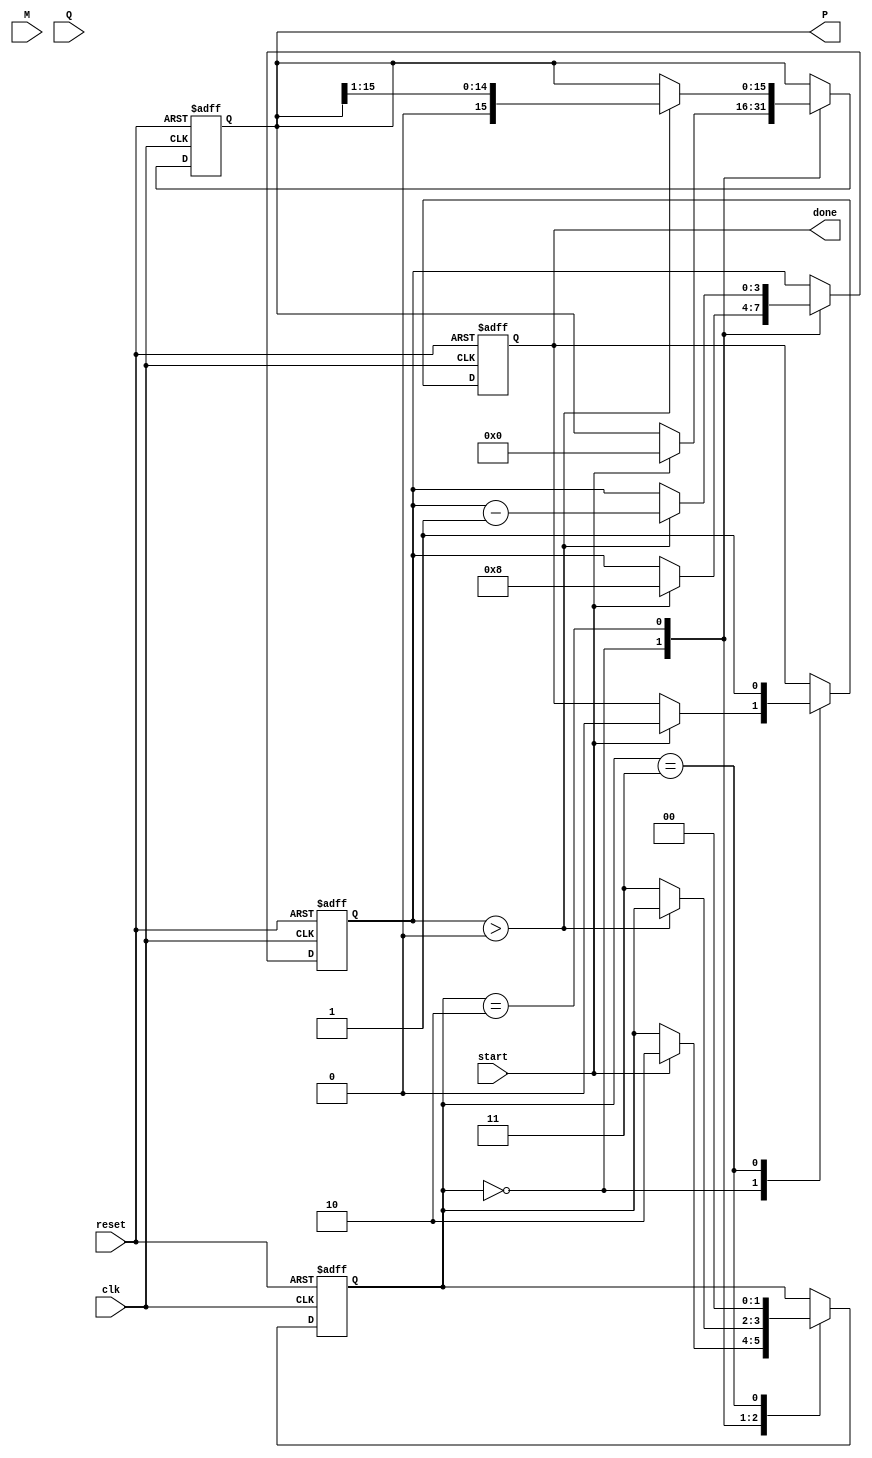
module booth_multiplier #(
    parameter BIT_WIDTH = 8
)(
    input wire clk,
    input wire reset,
    input wire start,
    input wire signed [BIT_WIDTH-1:0] M, // Multiplicand
    input wire signed [BIT_WIDTH-1:0] Q, // Multiplier
    output reg signed [(2*BIT_WIDTH)-1:0] P, // Product output
    output reg done // Done signal
);

// Internal registers
reg signed [BIT_WIDTH-1:0] A;         // Multiplicand register
reg signed [BIT_WIDTH-1:0] Q_reg;     // Multiplier register
reg Q_1;                               // Previous LSB of Q
reg [3:0] count;                      // Loop counter
reg [1:0] state;                      // State for FSM

// State definitions
localparam IDLE = 2'b00,
           INIT = 2'b01,
           EXECUTE = 2'b10,
           DONE = 2'b11;

// FSM control logic
always @(posedge clk or posedge reset) begin
    if (reset) begin
        // Reset all registers and flags
        A <= 0;
        Q_reg <= 0;
        Q_1 <= 0;
        P <= 0;
        count <= 0;
        state <= IDLE;
        done <= 0;
    end else begin
        case (state)
            IDLE: begin
                if (start) begin
                    A <= M;
                    Q_reg <= Q;
                    Q_1 <= 0;      // Initialize Q-1 to 0
                    P <= 0;        // Clear the product
                    count <= BIT_WIDTH; // Set the count based on bit-width
                    state <= EXECUTE;   // Move to execute state
                    done <= 0;
                end
            end
            
            EXECUTE: begin
                if (count > 0) begin
                    // Determine operation based on Q and Q-1
                    case ({Q_reg[0], Q_1})
                        2'b01: P <= P + A; // Add M to P
                        2'b10: P <= P - A; // Subtract M from P
                        default: ;          // No operation
                    endcase
                    
                    // Perform right arithmetic shift (P, Q_reg)
                    {P, Q_reg} <= {P[(2*BIT_WIDTH)-1], P[(2*BIT_WIDTH)-2:0], Q_reg[(BIT_WIDTH-1):1]}; // Shift P and Q
                    Q_1 <= Q_reg[0]; // Update Q-1
                    count <= count - 1; // Decrement counter
                end else begin
                    state <= DONE; // Transition to done state
                end
            end
            
            DONE: begin
                done <= 1; // Indicate done
                state <= IDLE; // Go back to IDLE state after signaling done
            end

        endcase
    end
end

endmodule